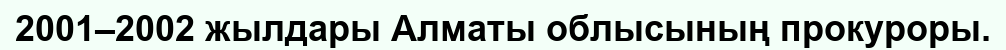
2001–2002 жылдары Алматы облысының прокуроры.